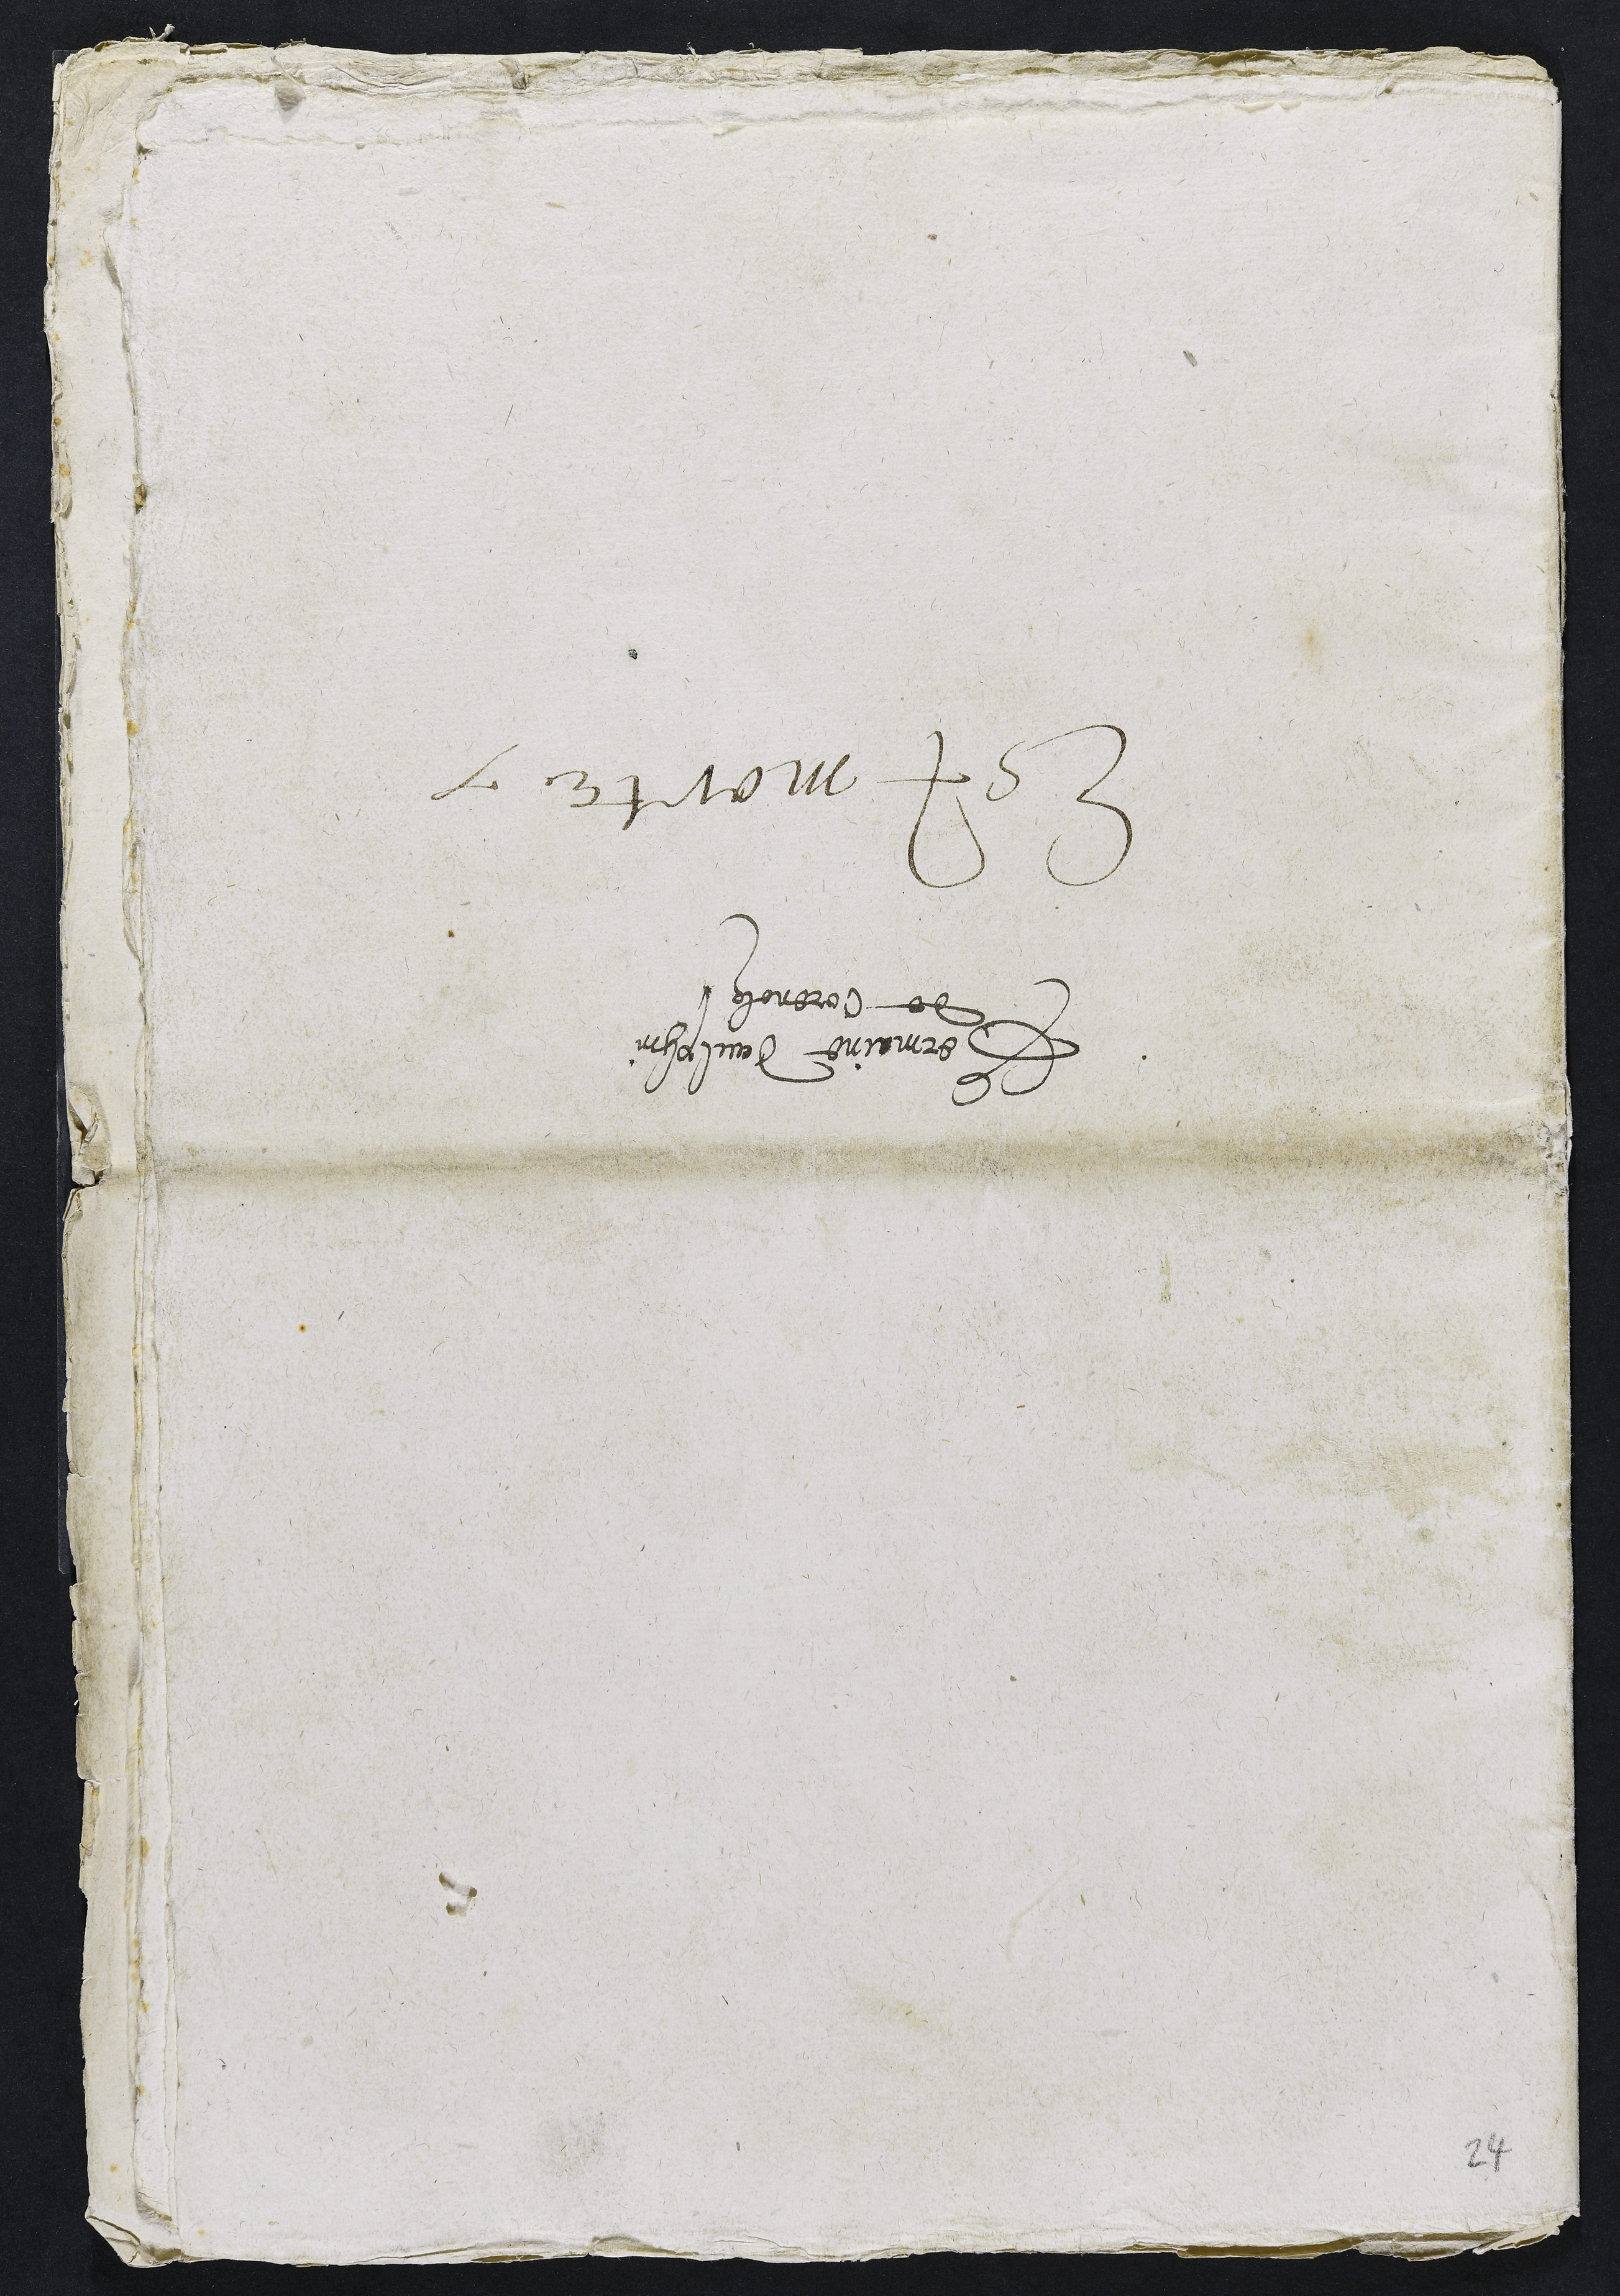
Germaine daulphin
de Correnolz
Est morte

24